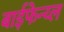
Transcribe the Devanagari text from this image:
बाईफेन्य्ल